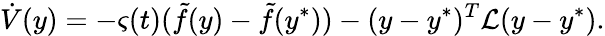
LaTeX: \dot{V}(y)=-\varsigma(t)(\tilde{f}(y)-\tilde{f}(y^{*}))-(y-y^{*})^{T}\mathcal{L}(y-y^{*}).